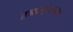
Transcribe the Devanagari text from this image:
डबल्यूएफए